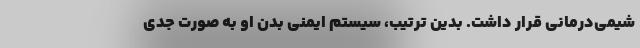
شیمی‌درمانی قرار داشت. بدین ترتیب، سیستم ایمنی بدن او به صورت جدی